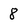
Character: 8